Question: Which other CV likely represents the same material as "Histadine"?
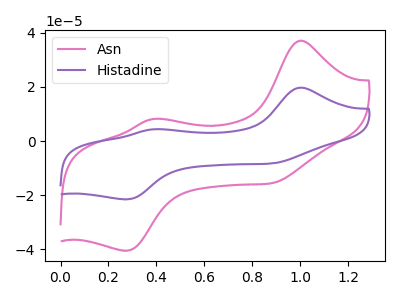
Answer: <think>The pink curve "Asn" has anodic peaks at (1.00V, 37.10uA) (0.40V, 8.15uA) and cathodic peaks at (0.90V, -15.40uA) (0.25V, -40.55uA). The purple curve "Histadine" has anodic peaks at (1.00V, 19.70uA) (0.40V, 4.35uA) and cathodic peaks at (0.90V, -8.20uA) (0.25V, -21.60uA).
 All the peaks in "Asn" have a peak in "Histadine" at the same potential. Every peak in "Asn" is higher than every peak in "Histadine".</think>
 <answer>The CV with the most similar shape to "Asn" is "Histadine".</answer>
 <eval>"Histadine"</eval>